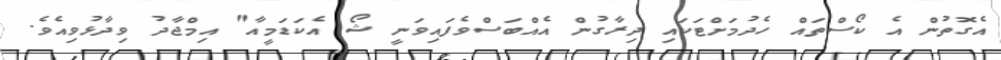
އެގޮތުން އެ ކޯސްތައް ހެދުމަށްޓަކައި ދިރާގުން އެއްބަސްވެފައިވަނީ ޝޯ އެކަޑަމީއާ" އިމްޖާދު ވިދާޅުވިއެވެ.